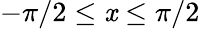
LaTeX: -\pi/2\leq\mathit{x}\leq\pi/2